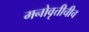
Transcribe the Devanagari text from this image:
मनोवृत्तीचीच